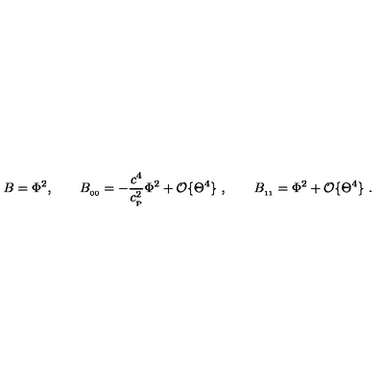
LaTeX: B = \Phi ^ { 2 } , \qquad B _ { _ { 0 0 } } = - { \frac { c ^ { 4 } } { c _ { _ \mathrm { P } } ^ { 2 } } } \Phi ^ { 2 } + { \cal O } \{ \Theta ^ { 4 } \} \ , \qquad B _ { _ { 1 1 } } = \Phi ^ { 2 } + { \cal O } \{ \Theta ^ { 4 } \} \ .